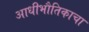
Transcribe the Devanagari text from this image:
आधीभौतिकाचा